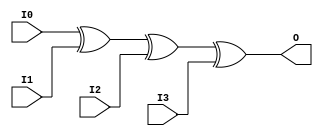
module XOR4 (O, I0, I1, I2, I3);

    output O;

    input  I0, I1, I2, I3;

	xor X1 (O, I0, I1, I2, I3);


endmodule